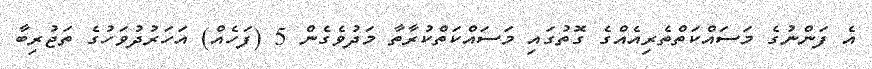
އެ ފަންނުގެ މަސައްކަތްތެރިއެއްގެ ގޮތުގައި މަސައްކަތްކުރާތާ މަދުވެގެން 5 (ފަހެއް) އަހަރުދުވަހުގެ ތަޖުރިބާ